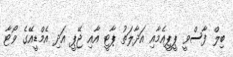
ބިލް ފާސްވީ ޕީޕީއެމާއި އަދާލަތު ޕާޓީ އާއި ޖޭޕީ އަދި އެމްޑީއޭގެ ވޯޓާ